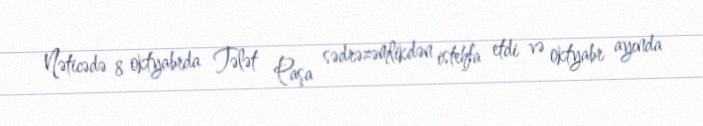
Nəticədə 8 oktyabrda Tələt Paşa sədrəzəmlikdən istehfa etdi və oktyabr ayında